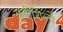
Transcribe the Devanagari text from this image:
मूर्तीशिल्पे